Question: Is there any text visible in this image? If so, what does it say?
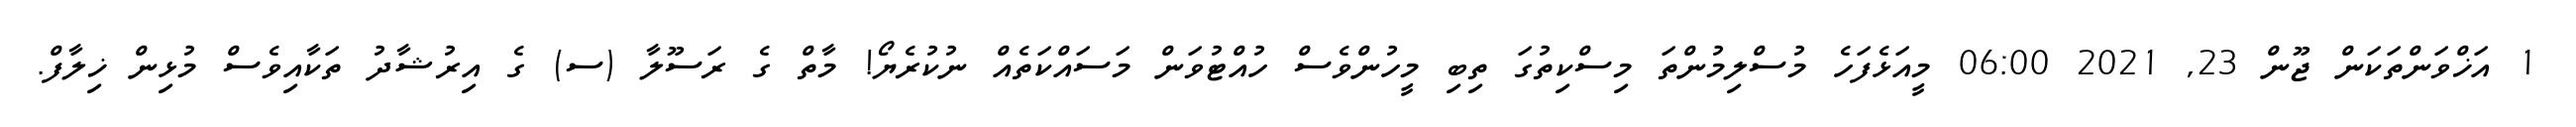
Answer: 1 އަޚްވަންތަކަން ޖޫން 23, 2021 06:00 މީއަޅެފަހެ މުސްލިމުންތަ މިސްކިތުގަ ތިބި މީހުންވެސް ހުއްޓުވަން މަސައްކަތެއް ނުކުރެޔޯ! މާތް ގެ ރަސޫލާ (ސ) ގެ އިރުޝާދު ތަކާއިވެސް މުޅިން ޚިލާފް.